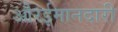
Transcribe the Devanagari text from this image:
औरईमानदारी